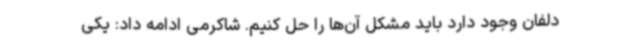
دلفان وجود دارد باید مشکل آن‌ها را حل کنیم. شاکرمی ادامه داد: یکی